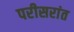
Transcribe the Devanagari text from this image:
परीसरांत